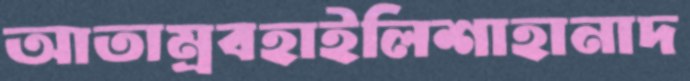
আতাম্রবহাইলিশাহানাদ